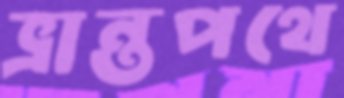
ভ্রান্তপথে